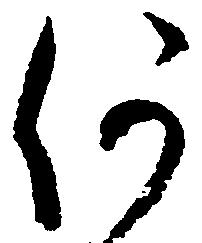
何